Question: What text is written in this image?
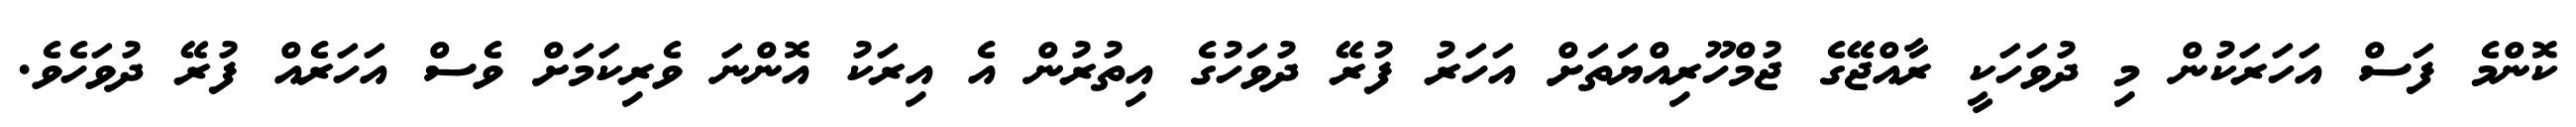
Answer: ކޮންމެ ފަސް އަހަރަކުން މި ދުވަހަކީ ރާއްޖޭގެ ޖުމްހޫރިއްޔަތަށް އަހަރު ފުރޭ ދުވަހުގެ އިތުރުން އެ އިރަކު އޮންނަ ވެރިކަމަށް ވެސް އަހަރެއް ފުރޭ ދުވަހެވެ.